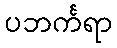
ပဘင်္ကရာ